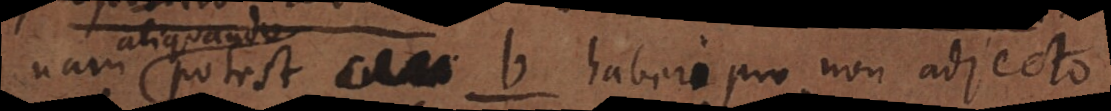
nam aliquando potest _ b haberi pro non adjecto